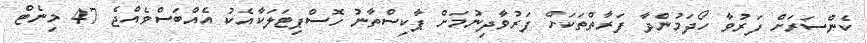
ކެންސަރަށް ފަރުވާ ހޯދަމުންދާ ފަރާތްތަކަށް ފަރުވާދިނުމަށް ޕާކިސްތާނު ހޮސްޕިޓަލަކާއެކު އެއްބަސްވެއްޖެ 47 މިނެޓް